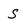
Character: s